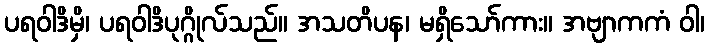
ပရဝါဒိမှိ၊ ပရဝါဒိပုဂ္ဂိုလ်သည်။ အသတိပန၊ မရှိသော်ကား။ အဗျာကကံ ဝါ၊